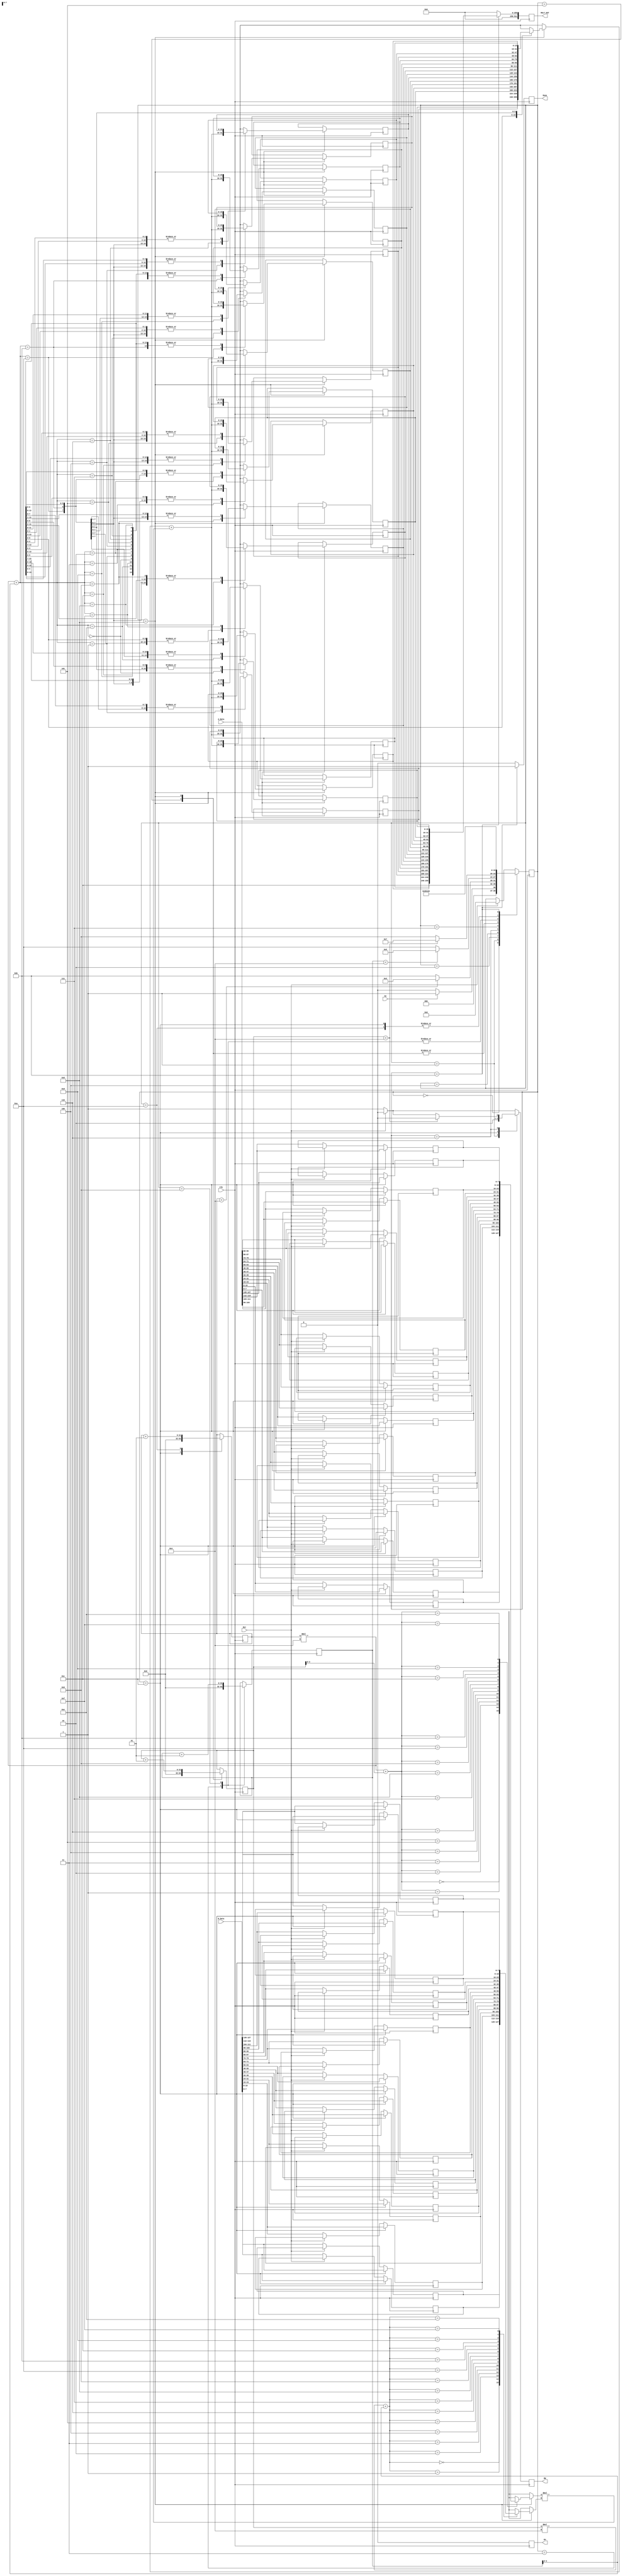
`timescale 1ns/1ns
`define R_WIDTH 32
`define N 4

// MULT_OUT  NxN    . output array  
module multiplynnMatrix(Go, A_Data, B_Data,
                        RW, En, Done, MULT_OUT, Clk, Rst);
    input Go, Clk, Rst;
    output reg RW, En, Done;
    output reg [511:0] MULT_OUT;
    input [127:0] A_Data, B_Data;


    parameter S0 = 4'b0000, S1 = 4'b0001, S1a = 4'b1100, S2 = 4'b0010, S3 = 4'b0011,
              S4 = 4'b0100, S5 = 4'b0101, S6 = 4'b0110, S7a = 4'b0111,
              S7 = 4'b1000, S8 = 4'b1001, S9 = 4'b1010, S10 = 4'b1011;
    reg [3:0] State;
    integer i, j, k;
    integer tmp;
    reg [15:0] MatrixR [0:3][0:3];
    reg [7:0] MatrixA[0:3][0:3];
    reg [7:0] MatrixB[0:3][0:3];

    always @(posedge Clk) begin

        if (Rst==1) begin
            MULT_OUT <= {(`R_WIDTH){1'b0}};
            RW <= 1'b0;
            En <= 1'b0;
            Done <= 1'b0;
            State <= S0;

        end 
        else begin
            MULT_OUT <= {(`R_WIDTH){1'b0}};
            RW <= 1'b1;
            En <= 1'b0;
            Done <= 1'b0;
			MatrixA[0][0] <= A_Data[7:0];
            MatrixB[0][0] <= B_Data[7:0];
            MatrixA[0][1] <= A_Data[15:8];
            MatrixB[0][1] <= B_Data[15:8];
            MatrixA[0][2] <= A_Data[23:16];
            MatrixB[0][2] <= B_Data[23:16];
            MatrixA[0][3] <= A_Data[31:24];
            MatrixB[0][3] <= B_Data[31:24];
            MatrixA[1][0] <= A_Data[39:32];
            MatrixB[1][0] <= B_Data[39:32];
            MatrixA[1][1] <= A_Data[47:40];
            MatrixB[1][1] <= B_Data[47:40];
            MatrixA[1][2] <= A_Data[55:48];
            MatrixB[1][2] <= B_Data[55:48];
            MatrixA[1][3] <= A_Data[63:56];
            MatrixB[1][3] <= B_Data[63:56];
            MatrixA[2][0] <= A_Data[71:64];
            MatrixB[2][0] <= B_Data[71:64];
            MatrixA[2][1] <= A_Data[79:72];
            MatrixB[2][1] <= B_Data[79:72];
            MatrixA[2][2] <= A_Data[87:80];
            MatrixB[2][2] <= B_Data[87:80];
            MatrixA[2][3] <= A_Data[95:88];
            MatrixB[2][3] <= B_Data[95:88];
            MatrixA[3][0] <= A_Data[103:96];
            MatrixB[3][0] <= B_Data[103:96];
            MatrixA[3][1] <= A_Data[111:104];
            MatrixB[3][1] <= B_Data[111:104];
            MatrixA[3][2] <= A_Data[119:112];
            MatrixB[3][2] <= B_Data[119:112];
            MatrixA[3][3] <= A_Data[127:120];
            MatrixB[3][3] <= B_Data[127:120];
            end

            case (State)
            S0: begin
                if (Go == 1) begin
                    State <= S1;
								end
                else begin
                    State <= S0;
                end 
            end

            S1:begin
                RW <= 1'b1;
                En <= 1'b0;
                State <= S1a;
            end

            S1a : begin
                MatrixA[0][0] <= A_Data[7:0];
                MatrixB[0][0] <= B_Data[7:0];
                MatrixA[0][1] <= A_Data[15:8];
                MatrixB[0][1] <= B_Data[15:8];
                MatrixA[0][2] <= A_Data[23:16];
                MatrixB[0][2] <= B_Data[23:16];
                MatrixA[0][3] <= A_Data[31:24];
                MatrixB[0][3] <= B_Data[31:24];
                MatrixA[1][0] <= A_Data[39:32];
                MatrixB[1][0] <= B_Data[39:32];
                MatrixA[1][1] <= A_Data[47:40];
                MatrixB[1][1] <= B_Data[47:40];
                MatrixA[1][2] <= A_Data[55:48];
                MatrixB[1][2] <= B_Data[55:48];
                MatrixA[1][3] <= A_Data[63:56];
                MatrixB[1][3] <= B_Data[63:56];
                MatrixA[2][0] <= A_Data[71:64];
                MatrixB[2][0] <= B_Data[71:64];
                MatrixA[2][1] <= A_Data[79:72];
                MatrixB[2][1] <= B_Data[79:72];
                MatrixA[2][2] <= A_Data[87:80];
                MatrixB[2][2] <= B_Data[87:80];
                MatrixA[2][3] <= A_Data[95:88];
                MatrixB[2][3] <= B_Data[95:88];
                MatrixA[3][0] <= A_Data[103:96];
                MatrixB[3][0] <= B_Data[103:96];
                MatrixA[3][1] <= A_Data[111:104];
                MatrixB[3][1] <= B_Data[111:104];
                MatrixA[3][2] <= A_Data[119:112];
                MatrixB[3][2] <= B_Data[119:112];
                MatrixA[3][3] <= A_Data[127:120];
                MatrixB[3][3] <= B_Data[127:120];

                i <= 0;
                State <= S2;
                RW <= 1'b0;
                En <= 1'b0;
            end

            S2:begin
                if (i < `N) begin
                    State <= S3;
                end
                else begin
                    State <= S10;
                end

            end

            S3:begin
                j <= 0;
                State <= S4;
            end

            S4:begin
                if (j < `N) begin
                    State <= S5;
                end
                else begin
                    State <= S9;
                end
            end

            S5:begin
                k = 0;
                State <= S6;
            end

            S6:begin
                if (k < `N) begin
                    State <= S7a;
                    RW <= 1'b0;
                    En <= 1'b0;
                end
                else begin
                    State <= S8;
                end
            end

            S7a:begin
                State <= S7;
            end

            S7 : begin
                tmp = MatrixR[i][j];
                MatrixR[i][j] = tmp + MatrixA[i][k] * MatrixB[k][j];
                k = k+1;
                State <= S6;
            end

            S8:begin
                j <= j+1;
                State <= S4;
            end

            S9:begin
                i <= i+1;
                State <= S2;
            end

            S10:begin
                MULT_OUT <= {MatrixR[3][3], MatrixR[3][2], MatrixR[3][1], MatrixR[3][0], 
                            MatrixR[2][3], MatrixR[2][2], MatrixR[2][1], MatrixR[2][0],
                            MatrixR[1][3], MatrixR[1][2], MatrixR[1][1], MatrixR[1][0], 
                            MatrixR[0][3], MatrixR[0][2], MatrixR[0][1], MatrixR[0][0]};
                Done <= 1'b1;
                State <= S0;
            end
            endcase
            
    end
endmodule